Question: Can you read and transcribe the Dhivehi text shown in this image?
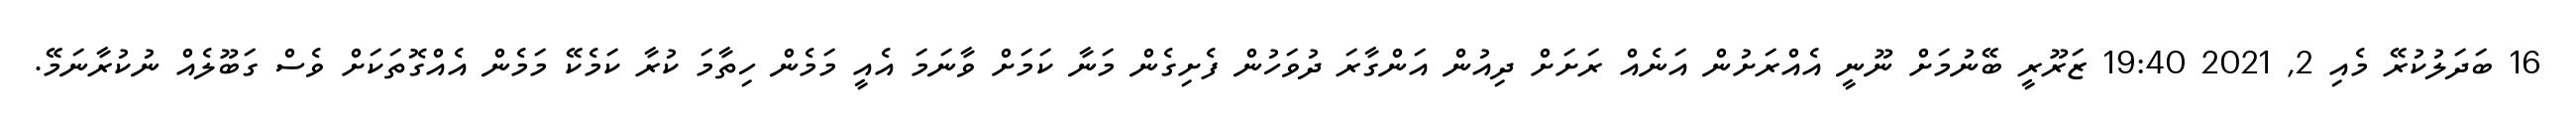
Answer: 16 ބަދަލުކުރޭ މެއި 2, 2021 19:40 ޒަރޫރީ ބޭނުމަށް ނޫނީ އެއްރަށުން އަނެއް ރަށަށް ދިއުން އަންގާރަ ދުވަހުން ފެށިގެން މަނާ ކަމަށް ވާނަމަ އެއީ މަމެން ހިތާމަ ކުރާ ކަމެކޭ މަމެން އެއްގޮތަކަށް ވެސް ގަބޫލެއް ނުކުރާނަމޭ.